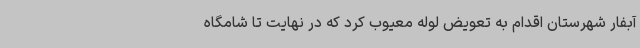
آبفار شهرستان اقدام به تعویض لوله معیوب کرد که در نهایت تا شامگاه